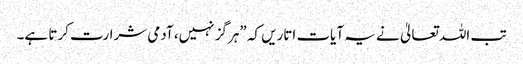
تب اللہ تعالیٰ نے یہ آیات اتاریں کہ ”ہرگز نہیں، آدمی شرارت کرتا ہے۔